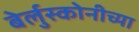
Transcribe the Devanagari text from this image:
बेर्लुस्कोनीच्या